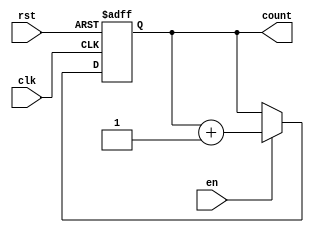
module up_counter (
    input wire clk,
    input wire rst,
    input wire en,
    output reg [3:0] count
);

always @(posedge clk or posedge rst) begin
    if (rst) begin
        count <= 4'b0000;
    end else if (en) begin
        count <= count + 1;
    end
end

endmodule